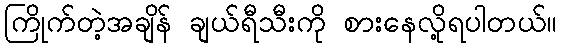
ကြိုက်တဲ့အချိန် ချယ်ရီသီးကို စားနေလို့ရပါတယ်။